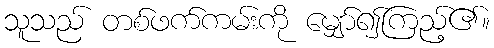
သူသည် တစ်ဖက်ကမ်းကို မျှော်၍ကြည့်၏။